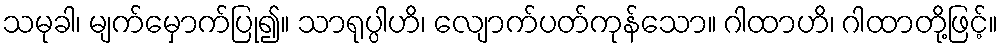
သမုခါ၊ မျက်မှောက်ပြု၍။ သာရုပ္ပါဟိ၊ လျောက်ပတ်ကုန်သော။ ဂါထာဟိ၊ ဂါထာတို့ဖြင့်။